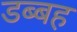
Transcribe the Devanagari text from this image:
डब्बह